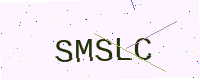
Text: SMSLC